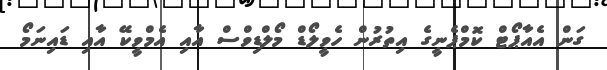
ގަން އެއާޕޯޓް ކޮމްޕެނީގެ އިތުރުން ހެވީލޯޑް މޯލްޑިވްސް އާއި އެމްވީކޭ އާއި ޑައިނަމޯ